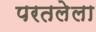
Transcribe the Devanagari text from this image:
परतलेला